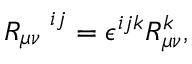
R _ { \mu \nu } ^ { \quad i j } = \epsilon ^ { i j k } R _ { \mu \nu } ^ { k } ,